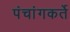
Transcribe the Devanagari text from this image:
पंचांगकर्ते